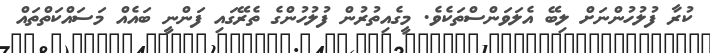
ކުރާ ފުލުހުންނަށް ލިބޭ އެލަވަންސްތަކެވެ. މީގެއިތުރުން ފުލުހުންގެ ތެރޭގައި ފަންނީ ބައެއް މަސައްކަތްތައް